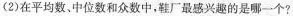
(2)在平均数、中位数和众数中，鞋厂最感兴趣的是哪一个?